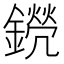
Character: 𨭊